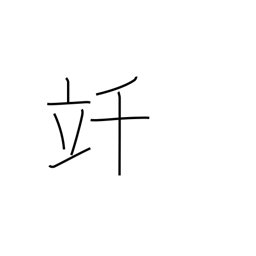
Meaning: kilolitre